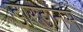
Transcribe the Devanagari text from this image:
डारडानस